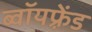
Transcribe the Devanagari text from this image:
ब्वॉयफ़्रेंड